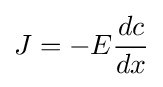
J=-E{\frac {dc}{dx}}